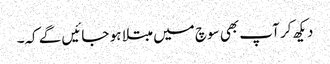
دیکھ کر آپ بھی سوچ میں مبتلا ہو جائیں گے کہ۔